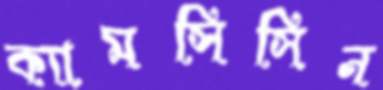
ক্যামসিসিন